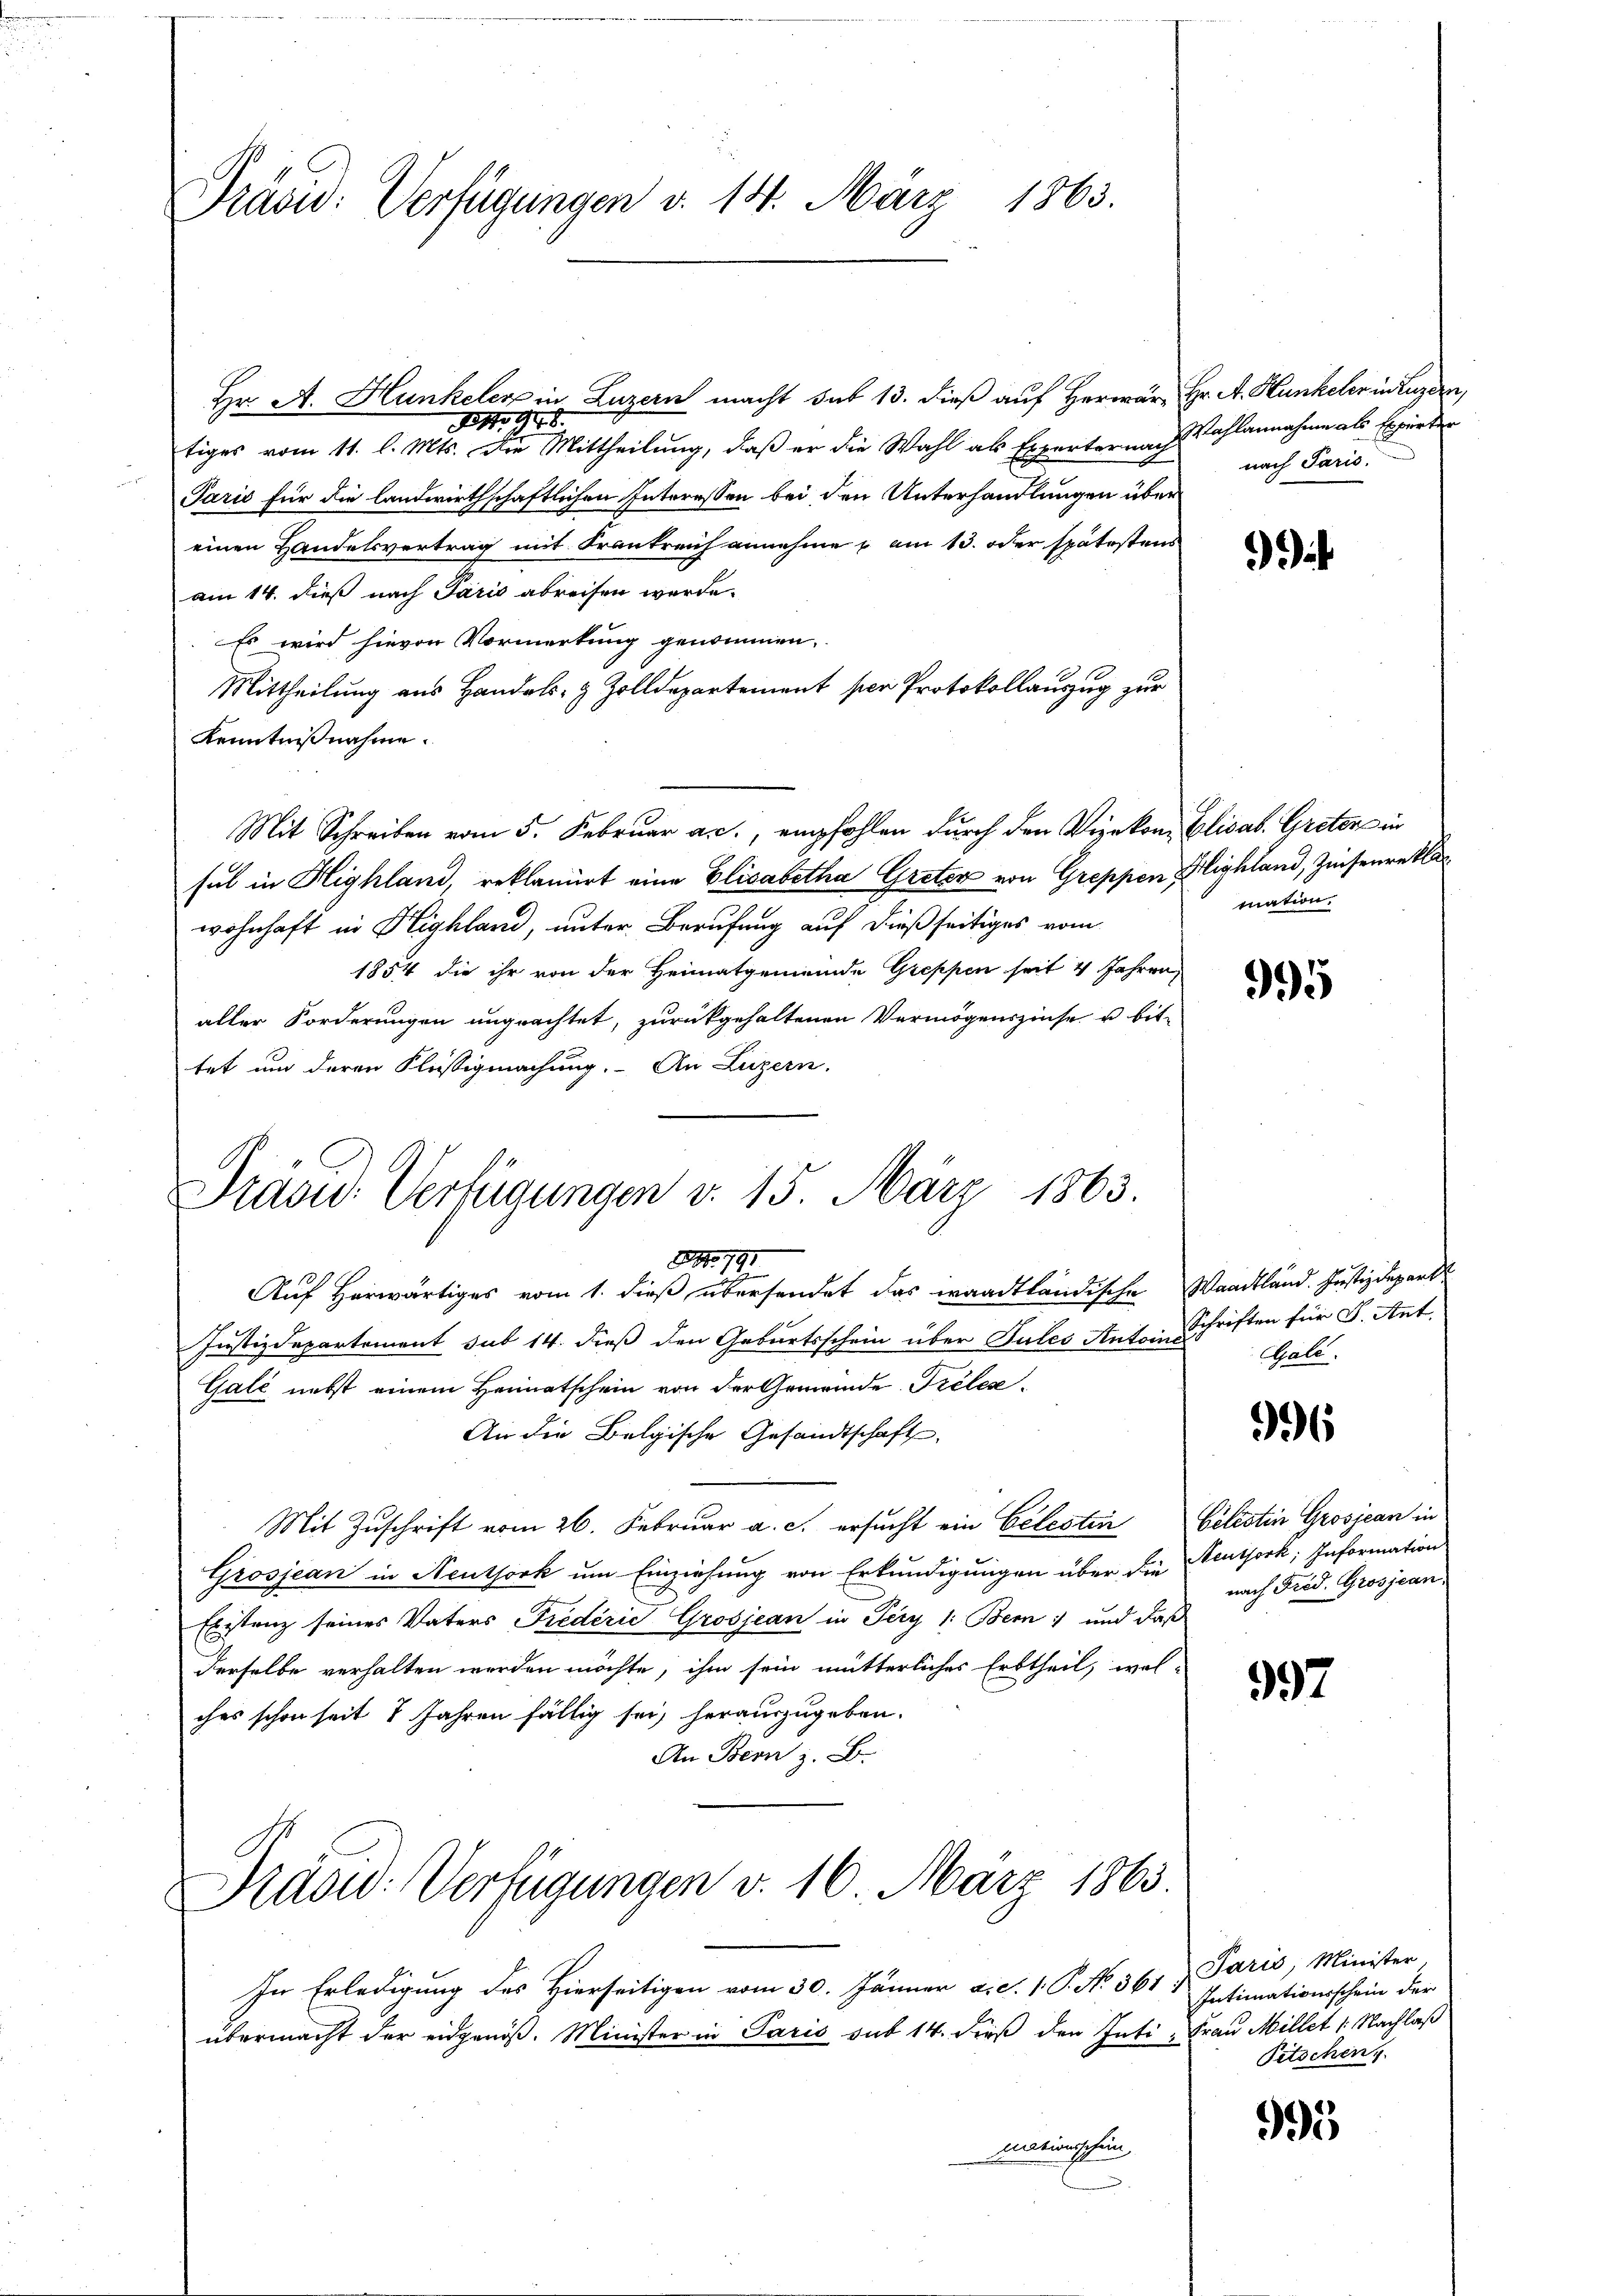
Präsid: Verfügungen d. 14. März 1863.

Hr. A. Hunkeler in Luzern macht sub 13. dieß auf Herwär, Hr. A. Hunkeler in Luzern,
INr. 18.
tiges vom 11. l. Mts. die Mittheilung, daß er die Wahl als Experternach
Paris für die landwirthschaftlichen Interessen bei den Unterhandlungen über
einen Handelsvertrag mit Frankreich annehme am 13. oder spätestens
am 14. dieß nach Paris abreisen werde.
Es wird hievon Vormerkung genommen.
Mittheilung aus Handels- & Zolldepartement per Protokollauszug zur
Kenntnißnahme.
Mit Schreiben vom 5. Februar a. c., empfohlen durch den Vizekon-Elisab. Greten in
sul in Highland, reklamiert eine Elisabetha Greten von Greppen Klighland, Zinsenrekla
wohnhaft in Highland, unter Berufung auf dießseitiges vom
1854 die ihr von der Heimatgemeinde Greppen seit 4 Jahren,
aller Forderungen ungeachtet, zurückgehaltenen Vermögenszinse u bittet und deren Kleistigmachung. An Luzern.
Präsid. Verfügungen v. 15. März 1863.
NNo. 191
Auf Herwärtiges vom 1. dieß übersendet das waadtländische Waadtländ. Justizdepart
Justizdepartement sub 14. dieß den Geburtsschein über Gutes Antoine
Galé nebst einem Heimatschein von der Gemeinde Treten
An die Belgische Gesandtschaft,
Mit Zuschrift vom 26. Februar a. c. ersucht ein Celesten Gelistin Grosjean in
Grosjean in Neuthork um Einziehung von Erkundigungen über die
Existenz seines Vaters Fredérić, Grosjean in Tery 1: Bern und daß
derselbe verhalten werden möchte, ihm sein mutterliches Erbtheil, wol-
ches schon seit 1 Jahren fällig sei, herauszugeben.
An Bern z. B.
Präsid. Verfügungen v. 16. März 1863.

In Erledigung des Hierseitigen vom 30. Jänner a. c. 1. P. No. 361) Paris, Minister
übermacht der eidgenöß. Minister in Paris sub 14. dieß den Intimationschein,

Wahlannahme als Experter
nach Paris.

a

mation.

995

Schriften für J. Ant.
Galt.

0

Neuthork; Information
nach Frod. Grosjean,

397

Intimationsschein der
Frau Millet 1. Nachlaß
Pitschen,

993